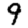
Digit: 9